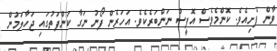
ވާން ފެށިއެވެ. ކޮންމެވެސް އޮފީސް ނަންބަރެކެވެ. އަހަރެން ފޯނު ނަގާ ކަންފަތުގައި ޖަހާލަމުން